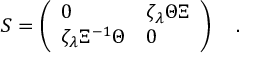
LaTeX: { \cal S } = \left( \begin{array} { l l } { { 0 } } & { { \zeta _ { \lambda } \Theta \Xi } } \\ { { \zeta _ { \lambda } \Xi ^ { - 1 } \Theta } } & { { 0 } } \end{array} \right) \quad .